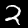
Label: 2